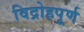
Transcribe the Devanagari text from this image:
विद्रोहपूर्ण